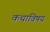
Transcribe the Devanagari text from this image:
कथाविषय